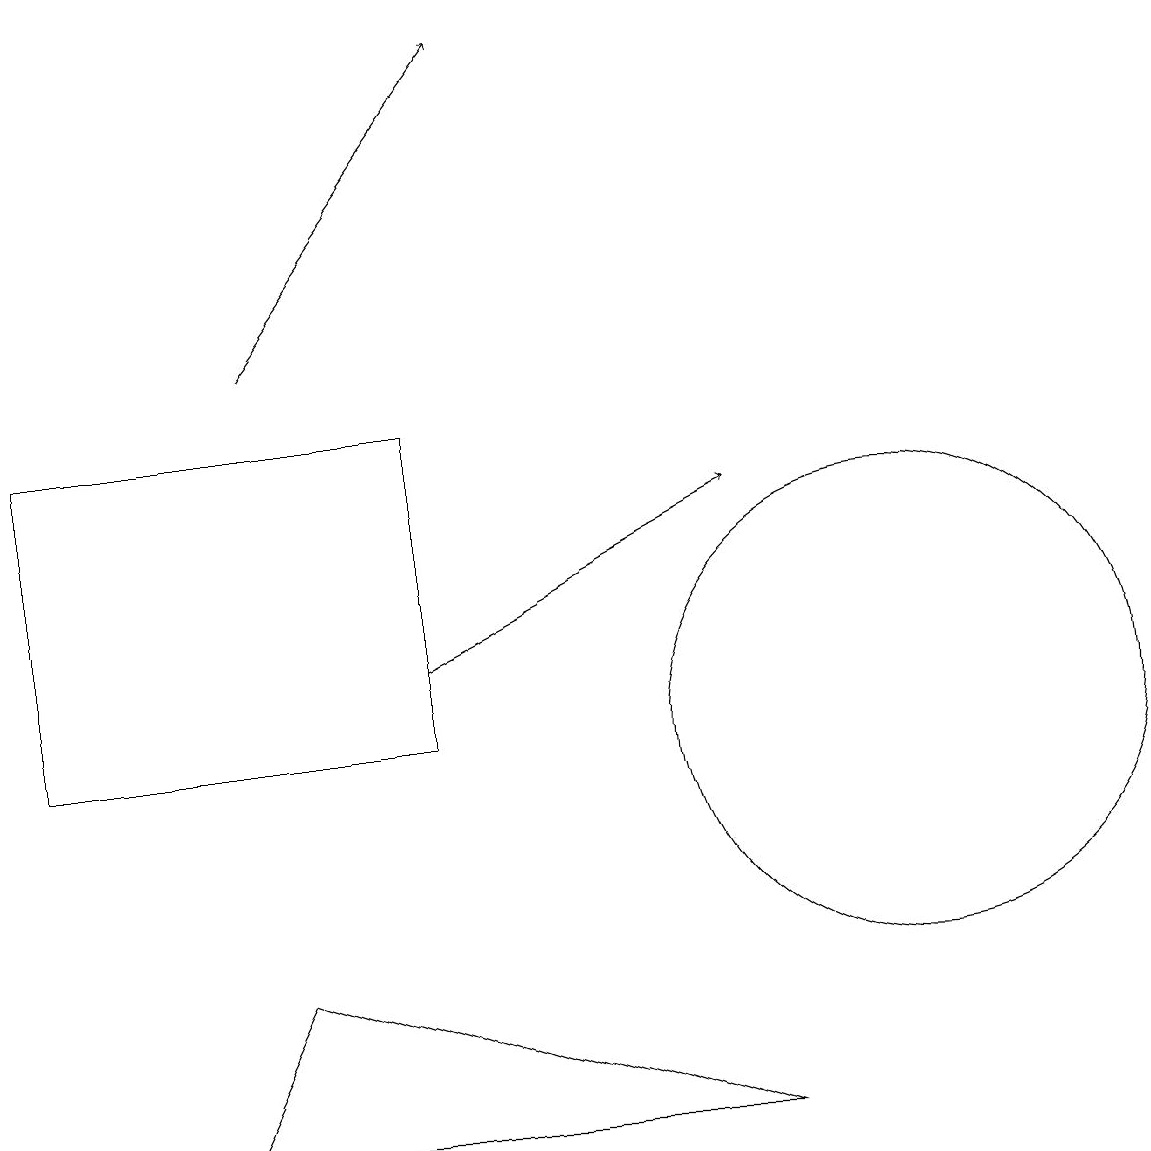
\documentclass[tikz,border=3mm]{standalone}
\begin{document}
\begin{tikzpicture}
\draw (11,10) circle (3);
\draw[->] (3,15) -- (6,19);
\draw (0,14) rectangle (5,10);
\draw[->] (5,11) -- (9,13);
\draw (3,7) -- (9,5) -- (2,5) -- cycle;
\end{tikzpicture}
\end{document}